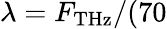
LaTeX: \lambda=F_{\mathrm{THz}}/(70